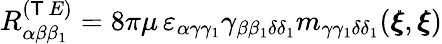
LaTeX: R_{\alpha\beta\beta_{1}}^{(\mathsf{T}\, E)}=8\pi\mu\, \varepsilon_{\alpha\gamma\gamma_{1}}\gamma_{\beta\beta_{1}\delta\delta_{1}}m_{\gamma\gamma_{1}\delta\delta_{1}}({\pmb\xi},{\pmb\xi})